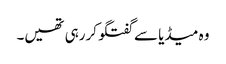
وہ میڈیا سے گفتگو کررہی تھیں۔